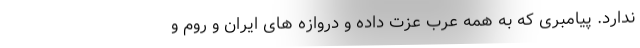
ندارد. پیامبری که به همه عرب عزت داده و دروازه های ایران و روم و